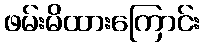
ဖမ်းမိထားကြောင်း